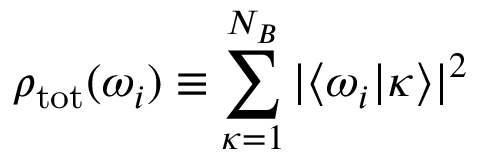
\rho _ { \mathrm { t o t } } ( \omega _ { i } ) \equiv \sum _ { \kappa = 1 } ^ { N _ { B } } | \langle \omega _ { i } | \kappa \rangle | ^ { 2 }